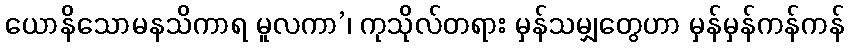
ယောနိသောမနသိကာရ မူလကာ’၊ ကုသိုလ်တရား မှန်သမျှတွေဟာ မှန်မှန်ကန်ကန်